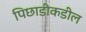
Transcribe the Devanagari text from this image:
पिछाडीकडील